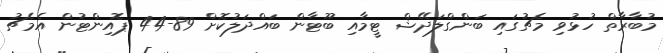
މުބާރާތް ހުޅުވި މެޗުގައި ބަންގްލަދޭޝް ޓީމާއި ބޫޓާން ބައްދަލުކޮށް 89-44 ޕޮއިންޓުން އެމެޗު